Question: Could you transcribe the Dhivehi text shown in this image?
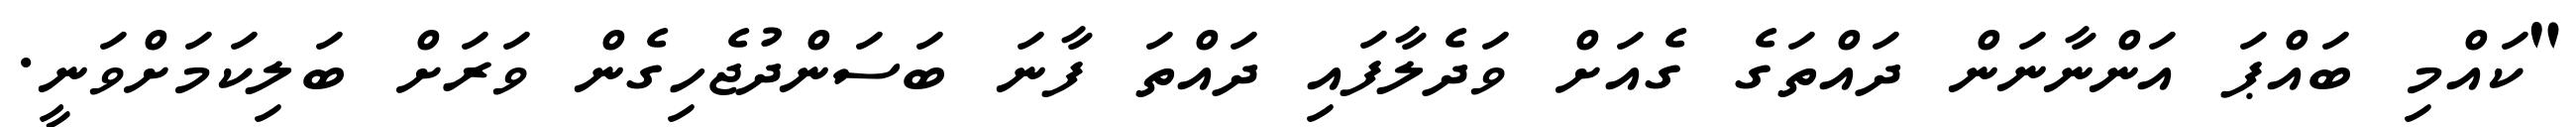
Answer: "ކައްމި ބައްޕަ އަންނާނަން ދައްތަގެ ގެއަށް ވަދެލާފައި ދައްތަ ފާނަ ބަސަންދުޖެހިގެން ވަރަށް ބަލިކަމަށްވަނީ.